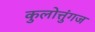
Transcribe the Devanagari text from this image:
कुलोत्तुंगज